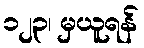
၁၂၃၊ မှယူရန်